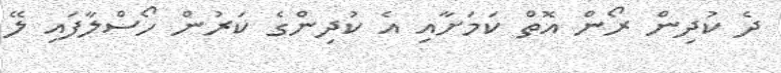
ދެ ކުދިން ރޯން އޮތް ކަމަށާއި އެ ކުދިންގެ ކަރުން ހޯސްލާފައި ލޭ